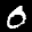
Label: 0